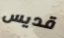
قديس